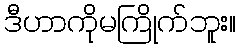
ဒီဟာကိုမကြိုက်ဘူး။